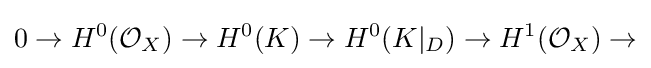
0\to H^{0}({\mathcal {O}}_{X})\to H^{0}(K)\to H^{0}(K|_{D})\to H^{1}({\mathcal {O}}_{X})\to